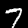
Digit: 7